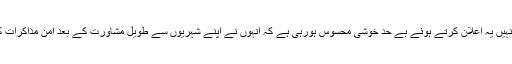
کانفرنس کے اختتام پر اشرف غنی نے کہا کہ انہیں یہ اعلان کرتے ہوئے بے حد خوشی محسوس ہورہی ہے کہ انہوں نے اپنے شہریوں سے طویل مشاورت کے بعد امن مذاکرات کے لیے آگے بڑھنے کی راہ کا تعین کرلیا ہے۔